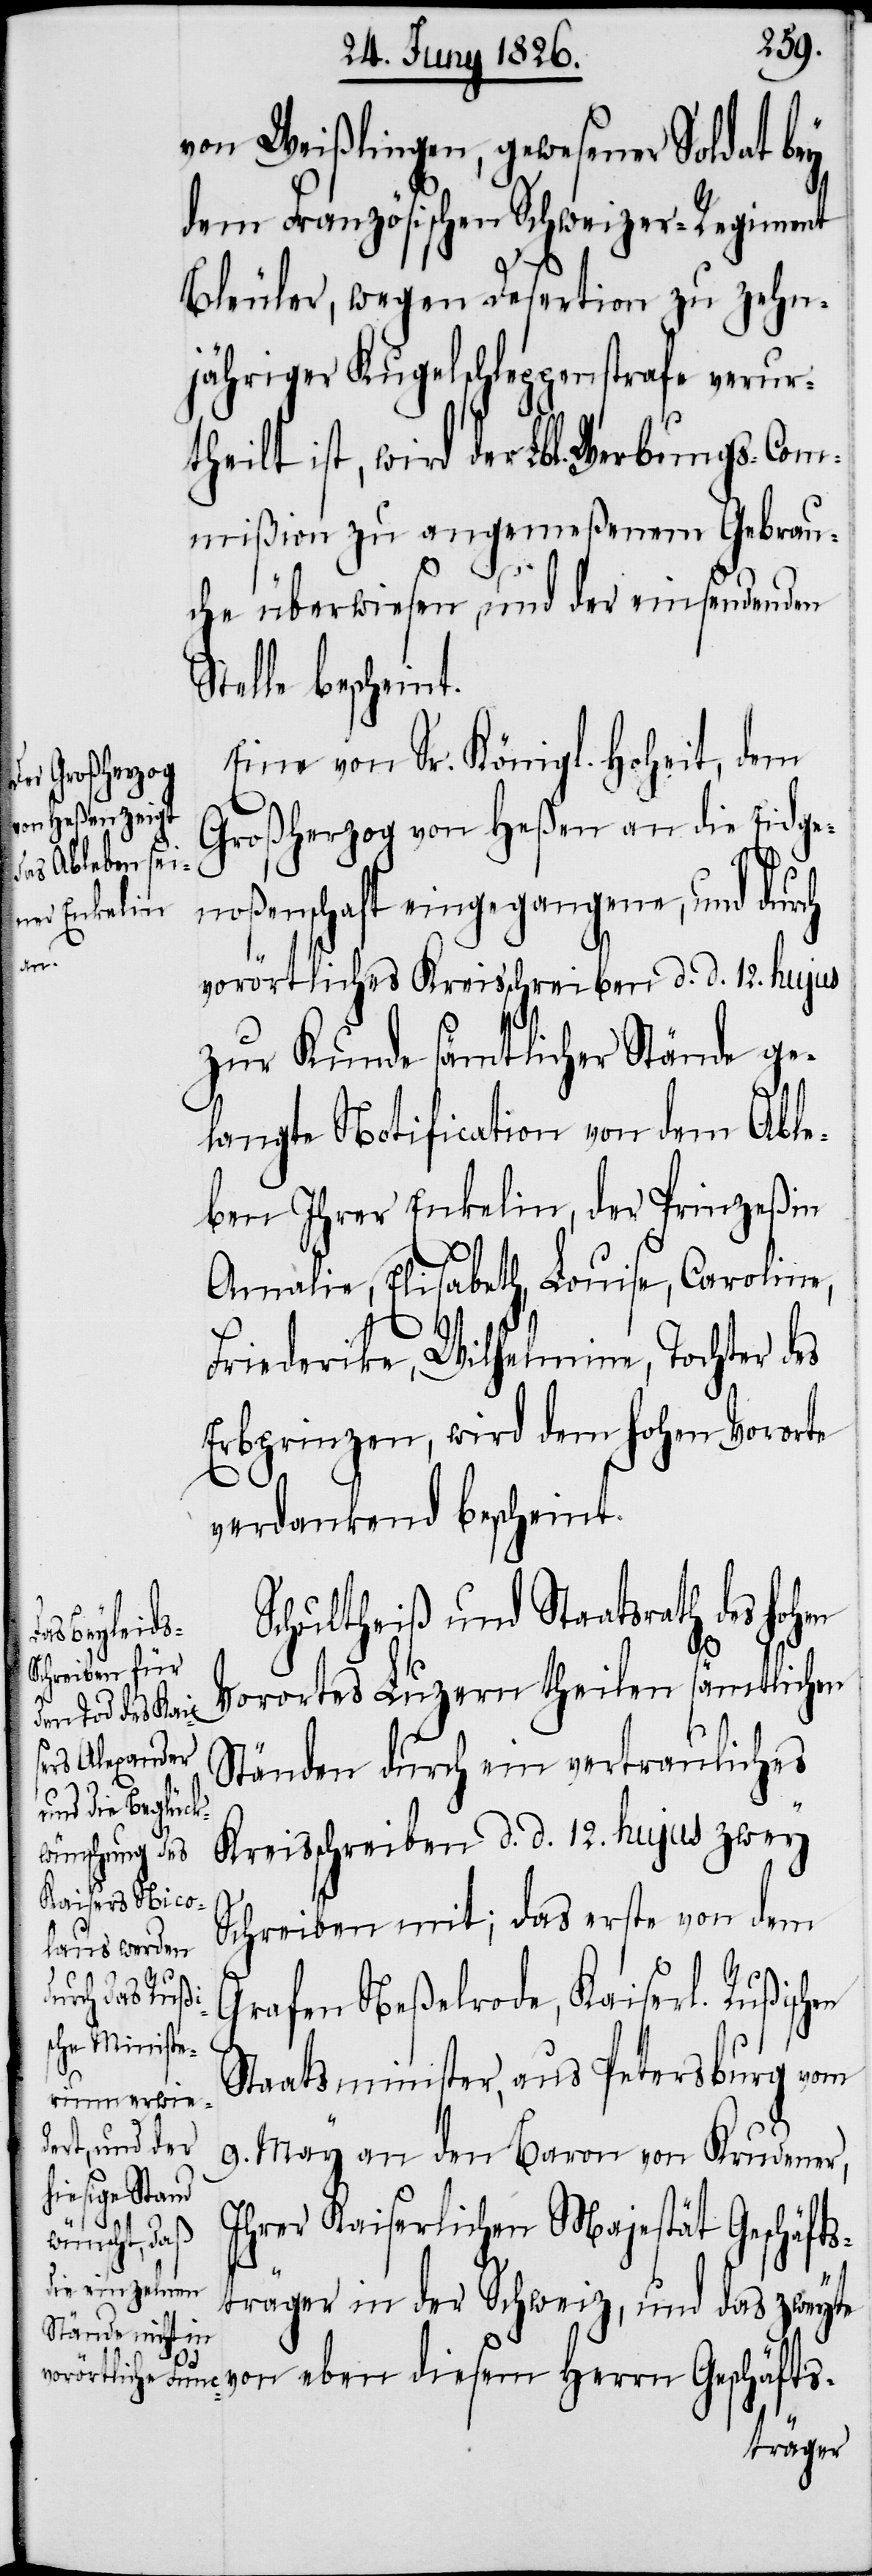
von Weißlingen, gewesener Soldat bey
dem Französischen Schweizer-Regiment
Bleuler, wegen Desertion zu zehn¬
jähriger Kugelschleppenstrafe verur¬
theilt ist, wird der Lbl. Werbungs-Com¬
mißion zu angemeßenen Gebrau¬
che überwiesen, und der einsendenden
Stelle bescheint.
Eine von Sr. Königl. Hoheit, dem
rn Geschäfts-
Großherzog von Heßen an die Eidge¬
noßenschaft eingegangene, und durch
Her¬
vorörtliches Kreisschreiben d. d. 12. hujus
zur Kunde sämtlicher Stände ge¬
langte Notification von dem Able¬
ben Ihrer Enkelin, der Prinzeßin
Amalie, Elisabeth, Louise, Caroline,
Friederike, Wilhelmine, Tochter des
Erbprinzen, wird dem hohen Vororte
verdankend bescheint.
Schultheiß und Staatsrath des hohen
eben diesem
Vorortes Luzern theilen sämtlichen
Ständen durch ein vertrauliches
Kreisschreiben d. d. 12. hujus zwey
Schreiben mit; das erste von dem
Grafen Neßelrode, Kaiserl. Rußischen
Staatsminister, aus Petersburg vom
9. May an den Baron von Krudener,
Ihrer Kaiserlichen Majestät Geschäfts¬
träger in der Schweiz, und das zweyte